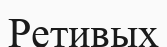
Ретивых